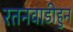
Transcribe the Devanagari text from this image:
रतनवाडीहुन